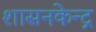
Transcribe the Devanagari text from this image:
शासनकेन्द्र